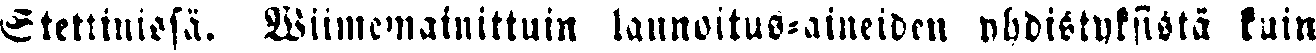
Stettinissä. Wiimemainittuin lannoitus-aineiden yhdistämistä kuin